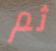
ثم